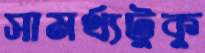
সামর্থ্যটুকু